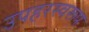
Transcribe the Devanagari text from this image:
उपहरस्वरूप